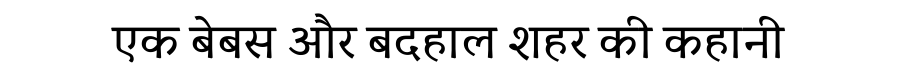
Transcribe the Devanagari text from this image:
एक बेबस और बदहाल शहर की कहानी